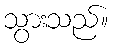
သွားသည်။